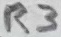
Text: R3